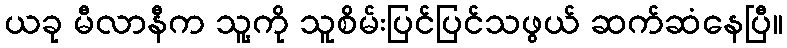
ယခု မီလာနီက သူ့ကို သူစိမ်းပြင်ပြင်သဖွယ် ဆက်ဆံနေပြီ။